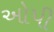
ઓપી